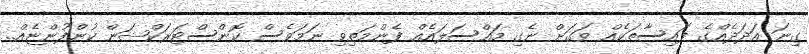
ގިނަ އަދަދެއްގެ ފައިސާތަކެއް ވަގަށް ނެގި މައްސަލައެއް ފެންމަތިވި ނަމަވެސް ކޮންސްޓަރަކްޝަން ކުންފުންޏެއް..